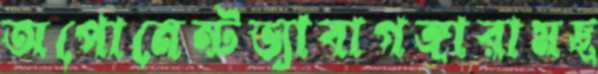
অপোনেন্টভ্যাবাগঙ্গারামছ